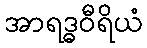
အာရဒ္ဓဝီရိယံ